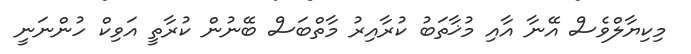
މިކިޔާލްވެސް އޭނާ އާއި މުޚާތަބު ކުރާއިރު މާތްބަސް ބޭނުން ކުރާތީ އަވިކް ހުންނަނީ